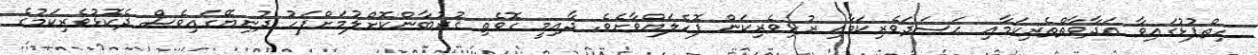
ހިތްޕުޅުގައިވާ ޢަދާވާތްތެރިކަމާއި ޙަސަދަވެރިކަމާއި ރުޅިވެރިކަން ފޮހެލައްވާށެވެ. ދާއިމީ ގޮވެތި ޤުރުބާންކޮށްލުމަށްފަހު ދުނިޔޭގައިވެސް ދެކޮޅުވެރިކަމުގެ